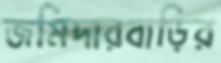
জমিদারবাড়ির